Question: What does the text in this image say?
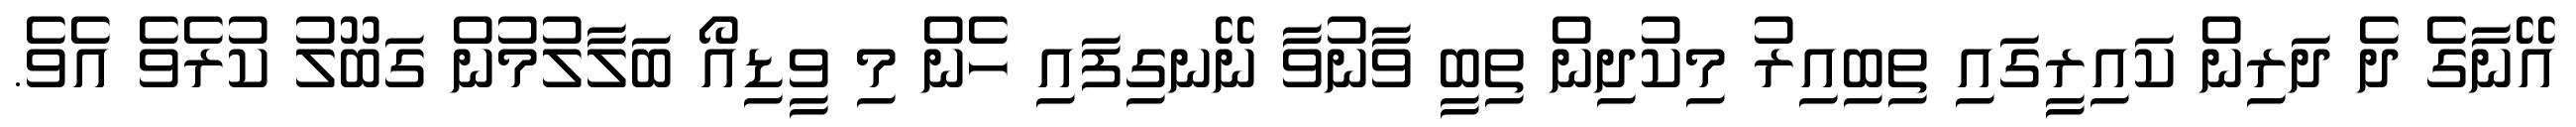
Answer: އޭނާގެ ދެ ދަރިން ކައިރީގައި ތިބިއިރު މިކުދިން ތިބީ ވާނުވާ ނޭނގިފައި ހެން މި ވީޑިއޯ ބަލާލުމުން ގަބޫލު ކުރެވެ އެވެ.